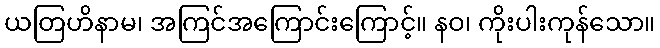
ယတြဟိနာမ၊ အကြင်အကြောင်းကြောင့်။ နဝ၊ ကိုးပါးကုန်သော။